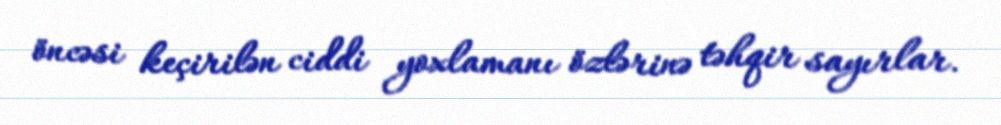
öncəsi keçirilən ciddi yoxlamanı özlərinə təhqir sayırlar.